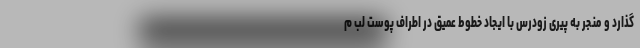
‌گذارد و منجر به پیری زودرس با ایجاد خطوط عمیق در اطراف پوست لب م